Report on vaccination in Madras 1895-1903 - 1895-1903
Year: 1895
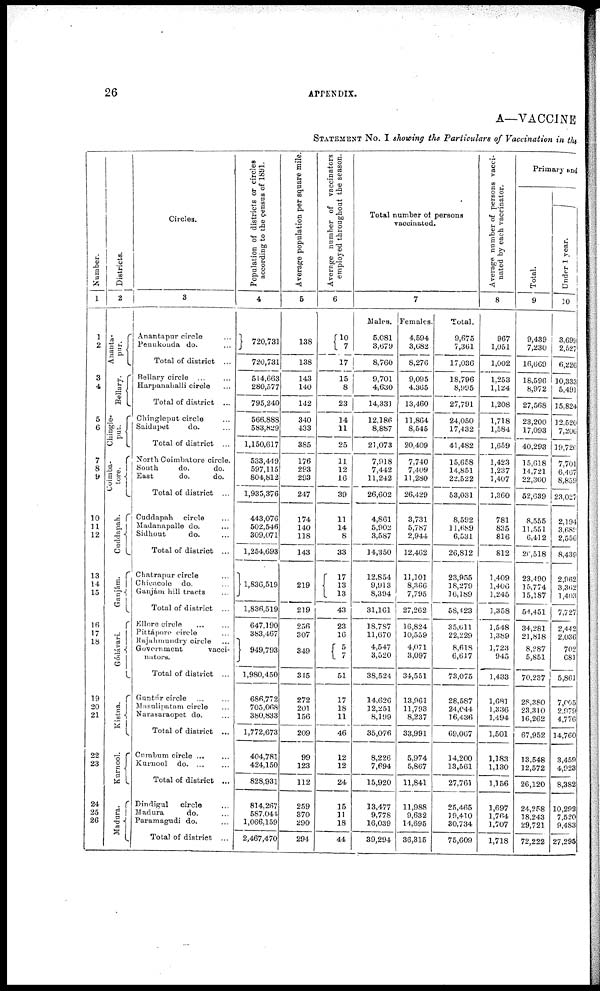
26
APPENDIX.
A—VACCINE
STATEMENT No. I showing the Particulars of Vaccination in the
Number.
1
1
2
3
4
5
6
7
8
9
10
11
12
13
14
15
16
17
18
19
20
21
22
23
24
25
26
Districts.
2
Ananta¬
pur.
Bellary.
Chingle¬
put.
Coimba¬
tore.
Cuddapah.
Ganjám.
Gódávari.
Kistna.
Kurnool.
Madura.
Circles.
3
Anantapur circle ...
Penukonda do. ...
Total of district ...
Bellary circle ...
Harpanahalli circle ...
Total of district ...
Chingleput circle ...
Saidapet
do. ...
Total of district ...
North Coimbatore circle.
South
do.
do.
East
do.
do.
Total of district ...
Cuddapah circle ...
Madanapalle do. ...
Sidhout
do. ...
Total of district ...
Chatrapur circle ...
Chicacole do. ...
Ganjám hill tracts ...
Total of district ...
Ellore circle ... ...
Pittápore circle ...
Rajahmundry circle ...
Government vacci¬
nators.
Total of district ...
Guntúr circle ... ...
Masulipatam circle ...
Narasaraopet do. ...
Total of district ...
Cumbum circle ... ...
Kurnool do. ... ...
Total of district ...
Dindigul
circle ...
Madura
do. ...
Paramagudi do. ...
Total of district ...
Population of districts or circles
according to the census of 1891.
4
720,731
720,731
514,663
280,577
795,240
566,888
583,829
1,150,617
533,449
597,115
804,812
1,935,376
443,076
502,546
309,071
1,254,693
1,836,519
1,836,519
647,190
383,467
949,793
1,980,450
686,772
705,068
380,833
1,772,673
404,781
424,150
828,931
814,267
587,044
1,066,159
2,467,470
Average population per square mile.
5
138
138
143
140
142
340
433
385
176
293
293
247
174
140
118
143
219
219
256
307
349
315
272
201
156
209
99
123
112
259
370
290
294
Average number of vaccinators
employed throughout the season.
6
10
7
17
15
8
23
14
11
25
11
12
16
39
11
14
8
33
17 13
13
43
23
16
5
7
51
17
18
11
46
12
12
24
15
11
18
44
Total number of persons
vaccinated.
7
Males.
5,081
3,679
8,760
9,701
4,630
14,331
12,186
8,887
21,073
7,918
7,442
11,242
26,602
4,861
5,902
3,587
14,350
12,854
9,913
8,394
31,161
18,787
11,670
4,547
3,520
38,524
14,626
12,251
8,199
35,076
8,226
7,694
15,920
13,477
9,778
16,039
39,294
Females.
4,594
3,682
8,276
9,095
4,365
13,460
11,864
8,545
20,409
7,740
7,409
11,280
26,429
3,731
5,787
2,944
12,462
11,101
8,366
7,795
27,262
16,824
10,559
4,071
3,097
34,551
13,961
11,793
8,237
33,991
5,974
5,867
11,841
11,988
9,632
14,695
36,315
Total.
9,675
7,361
17,036
18,796
8,995
27,791
24,050
17,432
41,482
15,658
14,851
22,522
53,031
8,592
11,689
6,531
26,812
23,955
18,279
16,189
58,423
35,611
22,229
8,618
6,617
73,075
28,587
24,044
16,436
69,067
14,200
13,561
27,761
25,465
19,410
30,734
75,609
Average number of persons vacci-
nated by each vaccinator.
8
967
1,051
4,002
1,253
1,124
1,208
1,718
1,584
1,659
1,423
1,237
1,407
1,360
781
835
816
812
1,409
1,406
1,245
1,358
1,548
1,389
1,723
945
1,433
1,681
1,336
1,494
1,501
1,183
1,130
1,156
1,697
1,764
1,707
1,718
Primary and
Total.
9
9,439
7,230
16,669
18,596
8,972
27,568
23,200
17,093
40,293
15,618
14,721
22,300
52,639
8,555
11,551
6,412
26,518
23,490
15,774
15,187
54,451
34,281
21,818
8,287
5,851
70,237
28,380
23,310
16,262
67,952
13,548
12,572
26,120
24,258
18,243
29,721
72,222
Under 1 year.
10
3,699
2,527
6,226
10,333
5,491
15,824
12,520
7,206
19,726
7,701
6,467
8,859
23,027
2,194
3,689
2,556
8,439
2,962
3,362
1,403
7,727
2,442
2,036
702
681
5,861
7,005
2,979
4,776
14,760
3,459
4,923
8,382
10,292
7,520
9,483
27,295